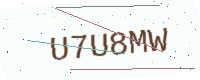
Text: U7U8MW